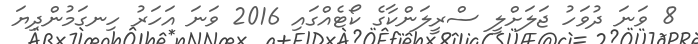
8 ވަނަ ދުވަހު ޖަލަށްލީ ސްރީލަންކާގެ ކޯޓެއްގައި 2016 ވަނަ އަހަރު ހިނގަމުންދިޔަ